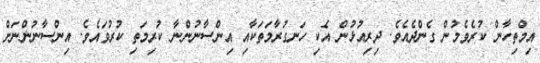
އިމްތިހާން ކުރެވެމުން ގެންދެއެވެ. ދިރިއުޅުން އެކި ހަނގުރާމަތަކާއި އިންސާނުންނާ ކުރިމަތި ކުރުވައެވެ. އިންސާނުންނަށް